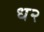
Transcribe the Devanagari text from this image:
ध२